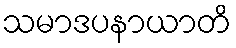
သမာဒပနာယာတိ